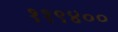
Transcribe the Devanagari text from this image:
११९४००